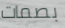
بصمات